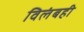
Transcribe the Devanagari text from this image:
विलंबही